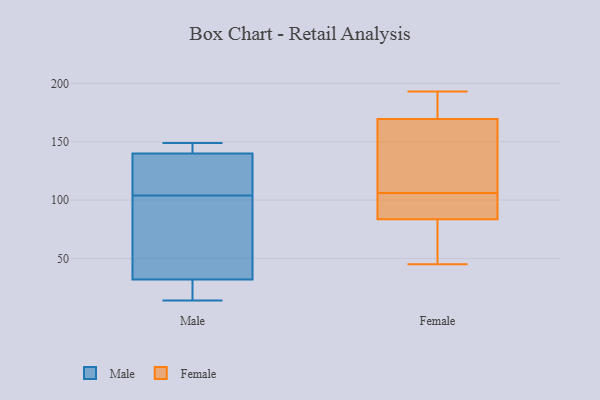
{"axis": {"x": "Waste Production (Tons)", "y": "Value"}, "legend": ["Female", "Male"], "data": [{"x": "", "y": 149, "type": "Male"}, {"x": "", "y": 119, "type": "Male"}, {"x": "", "y": 57, "type": "Male"}, {"x": "", "y": 113, "type": "Male"}, {"x": "", "y": 145, "type": "Male"}, {"x": "", "y": 140, "type": "Male"}, {"x": "", "y": 30, "type": "Male"}, {"x": "", "y": 14, "type": "Male"}, {"x": "", "y": 95, "type": "Male"}, {"x": "", "y": 32, "type": "Male"}, {"x": "", "y": 193, "type": "Female"}, {"x": "", "y": 101, "type": "Female"}, {"x": "", "y": 186, "type": "Female"}, {"x": "", "y": 85, "type": "Female"}, {"x": "", "y": 45, "type": "Female"}, {"x": "", "y": 82, "type": "Female"}, {"x": "", "y": 97, "type": "Female"}, {"x": "", "y": 153, "type": "Female"}, {"x": "", "y": 111, "type": "Female"}, {"x": "", "y": 175, "type": "Female"}, {"x": "", "y": 164, "type": "Female"}, {"x": "", "y": 74, "type": "Female"}]}